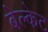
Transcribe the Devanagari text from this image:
बेल्केट